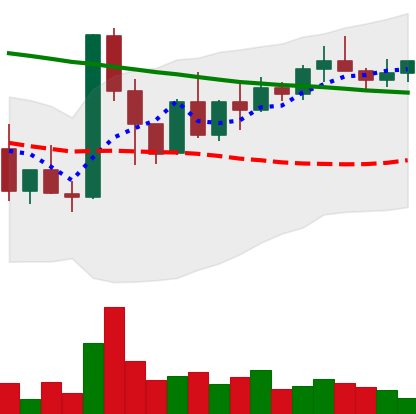
Ticker: XMR-USD
Chart end date: 2022-03-23
Forward return: 8.83%
Label: up_7plus